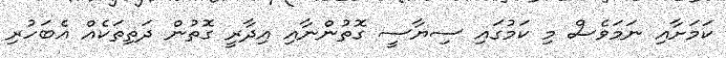
ކަމަށާއި ނަމަވެސް މި ކަމުގައި ސިޔާސީ ގޮތުންނާއި އިދާރީ ގޮތުން ދަތިތަކެއް އެބަހުރި